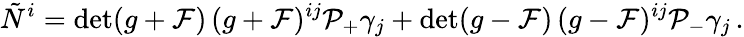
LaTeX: \tilde{N}^{i}=\operatorname*{det}(g+{\cal F})\, (g+{\cal F})^{ij}{\cal P}_{+}\gamma_{j}+\operatorname*{det}(g-{\cal F})\, (g-{\cal F})^{ij}{\cal P}_{-}\gamma_{j}\, .